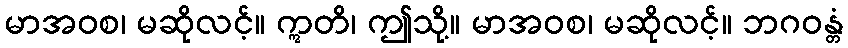
မာအဝစ၊ မဆိုလင့်။ ဣတိ၊ ဤသို့။ မာအဝစ၊ မဆိုလင့်။ ဘဂဝန္တံ